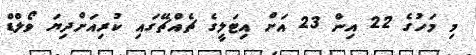
މި މަހުގެ 22 އިން 23 އަށް އިޓަލީގެ ޗެއްޗޭގައި ކުރިއަށްދިޔަ ވޯލްޑް